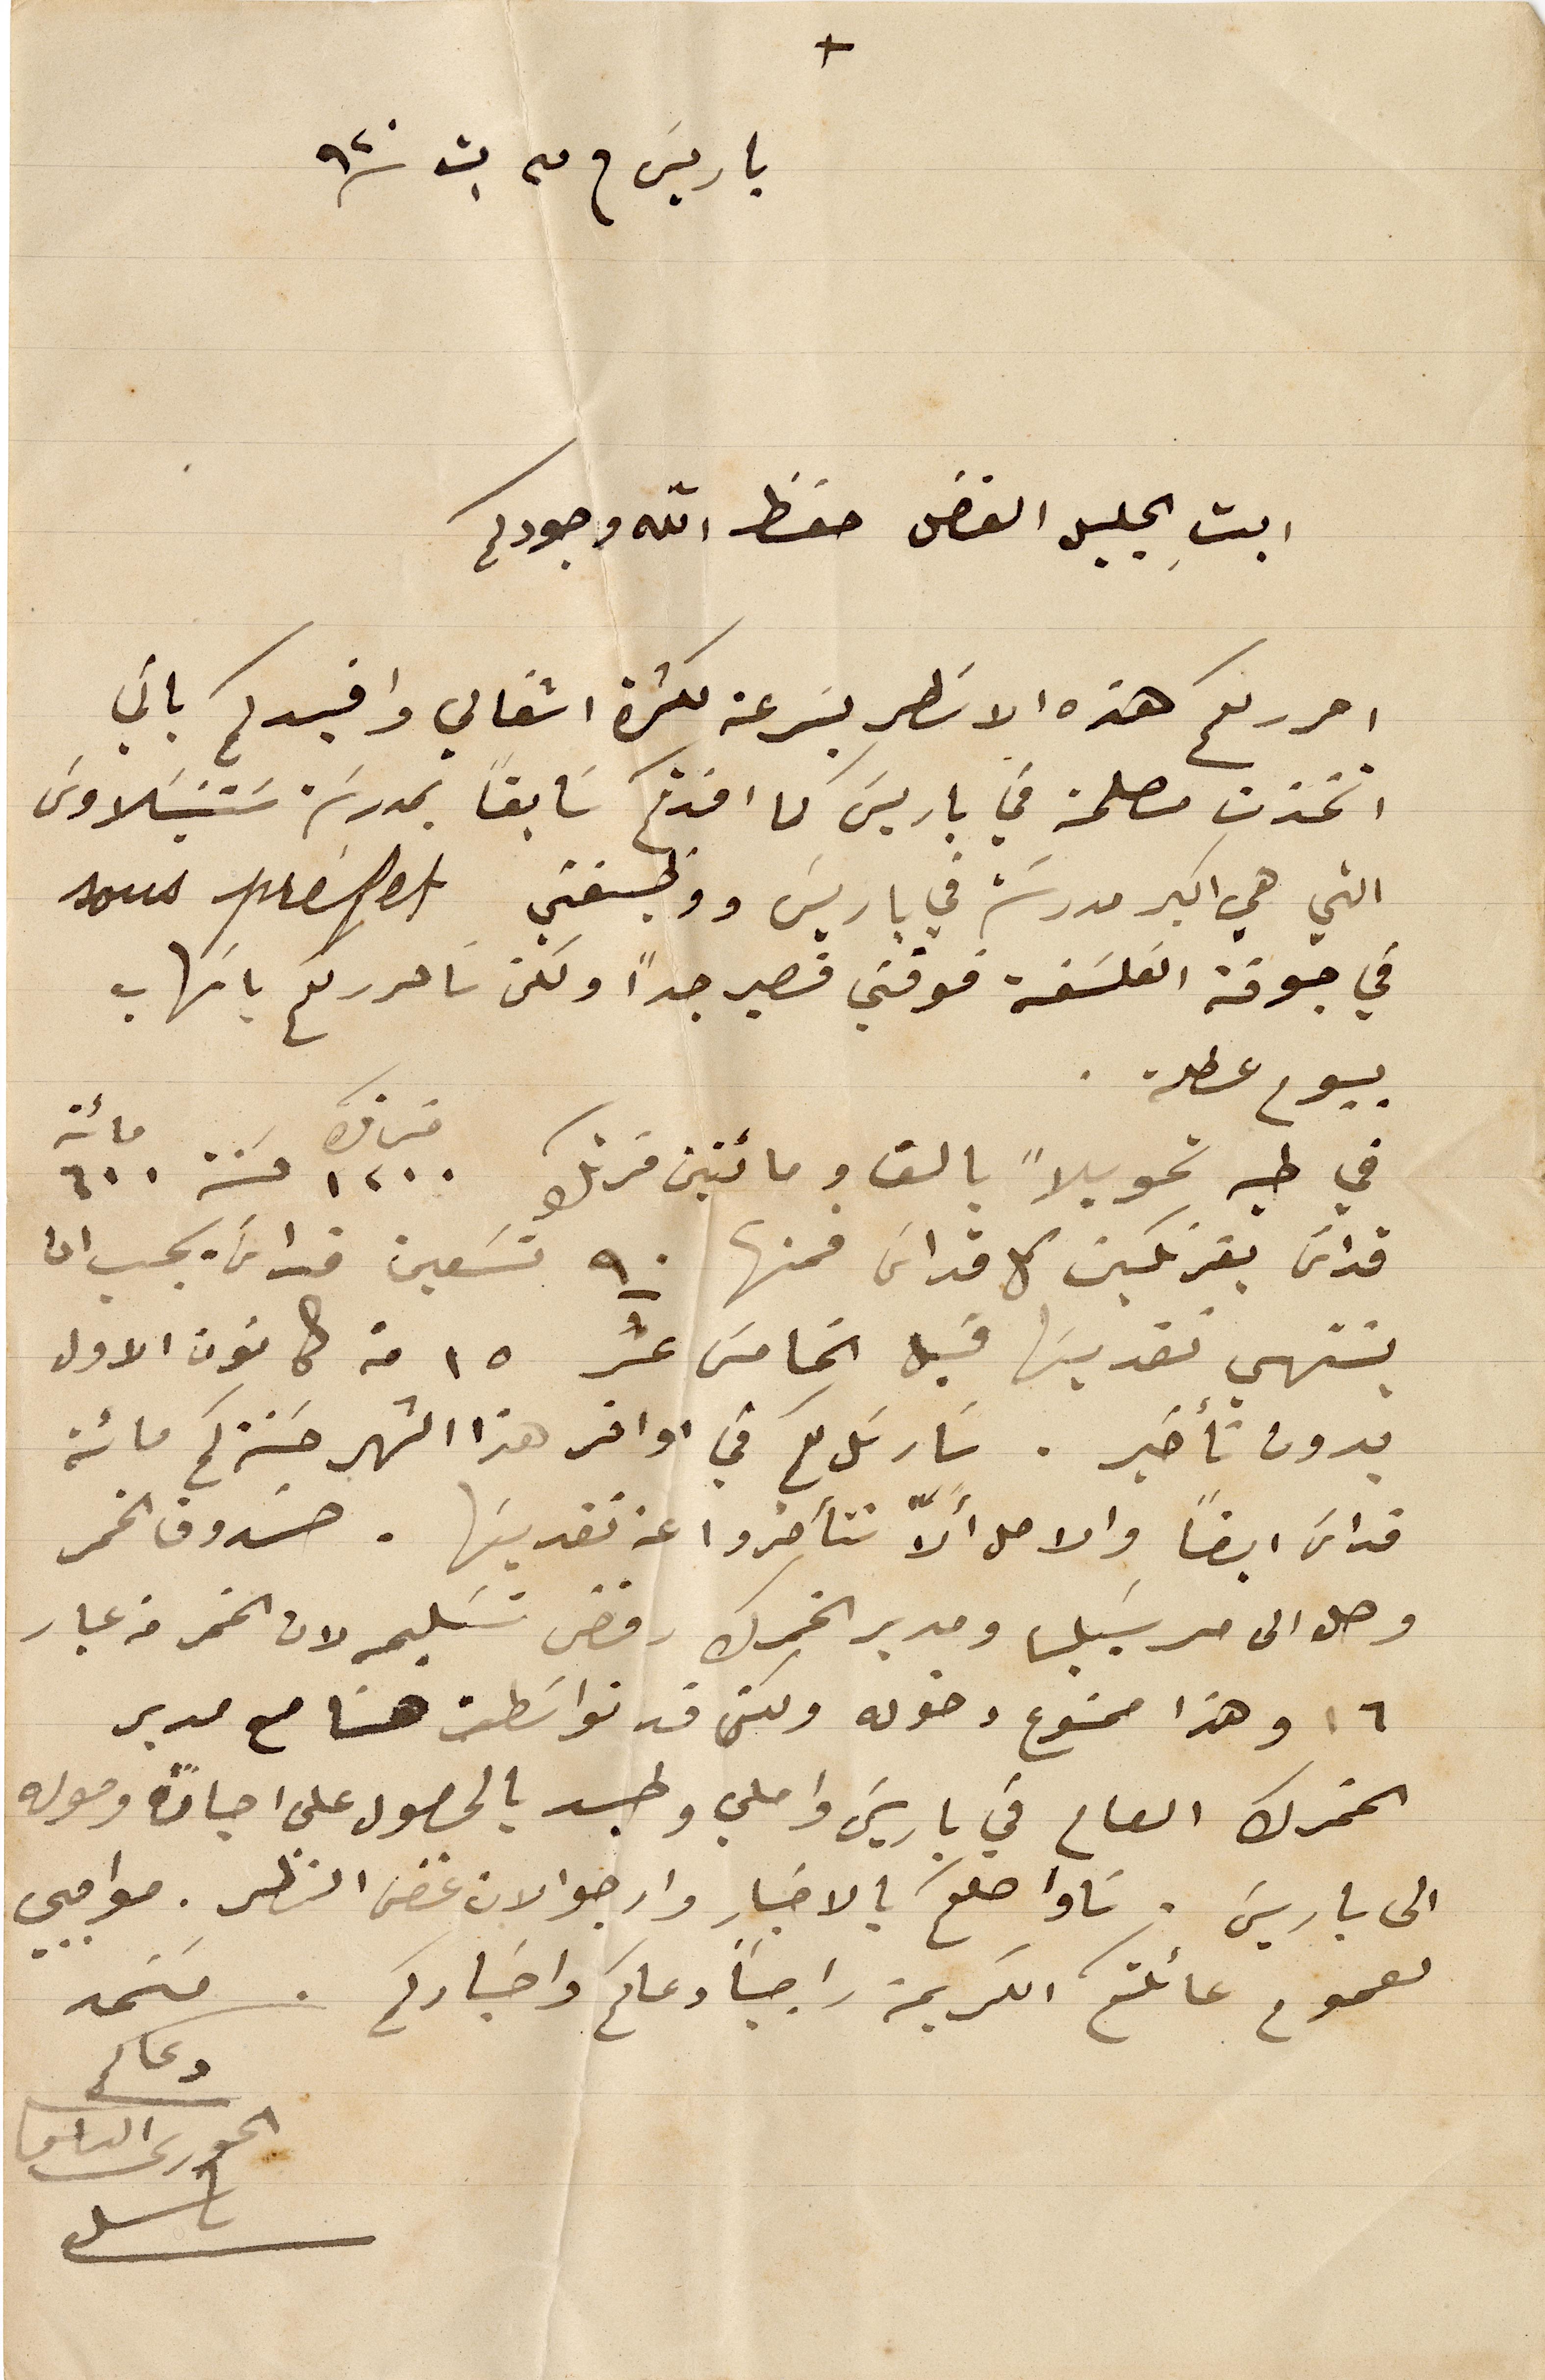
باريس في ٣ ت١ ١٩٢٠
ابتِ الجليل الفاضل حفظ الله وجودكم
احرر لكم هذه الاسطر بسرعة لكثرة اشغالي وافيدكم باني
اتخذت مصلحة في باريس كما افدتكم سابقاً بمدرسة ستنيسلاوس
التي هي اكبر مدرسة في باريس ووظيفتي sous préfet
في جوقة الفلسفة فوقتي قصير جدًا ولكن ساحرر لكم باسهاب
بيوم عطلة .
في طيه تحويلاً بالف ومائتين فرنك ١٢٠٠ فرنك حسنة ٦٠٠ مائة
قداس بفرنكين كل قداس فمنها ٩٠ تسعين قداس يجب ان
ينتهي تقديسها قبل الخامس عشر ١٥ من كانون الأول
بدون تأخير. سارسل لكم في اواخر هذا الشهر حسنة كم مائة
قداس ايضاً والامل ألاّ تتأخروا عن تقديسها . صندوق الخمر
وصل الى مرسيليا ومدير الخمرك رفض تسليمه لان الخمر من عيار
١٦ وهذا ممنوع دخوله ولكني قد تواسطت هنا مع مدير
الخمرك العام في باريس واملي وطيد بالحصول على اجازة وصوله
الى باريس. ساواصلكم بالاخبار وارجو الان غض النظر. مواجبي
لعموم عائلتكم الكريمة راجياً دعاكم واخباركم
مستمد
دعاكم
الخوري الياس
باسيل